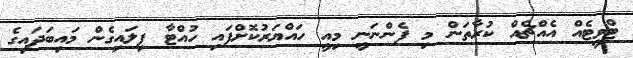
ޓްވީޓެއް އެއްޗެއް ކުރާތަން މި ފެންނަނީ މިއީ ހައްޔަރުކޮށްފައި ހުއްޓާ ފިލައިގެން މައިބަދައިގެ